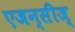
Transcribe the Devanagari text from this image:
एजन्सीज्